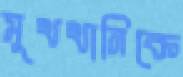
মুখখানিকে